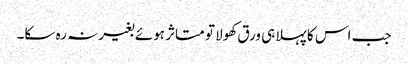
جب اس کا پہلا ہی ورق کھولا تو متاثر ہوئے بغیرنہ رہ سکا۔